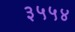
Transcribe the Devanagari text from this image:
३५५४